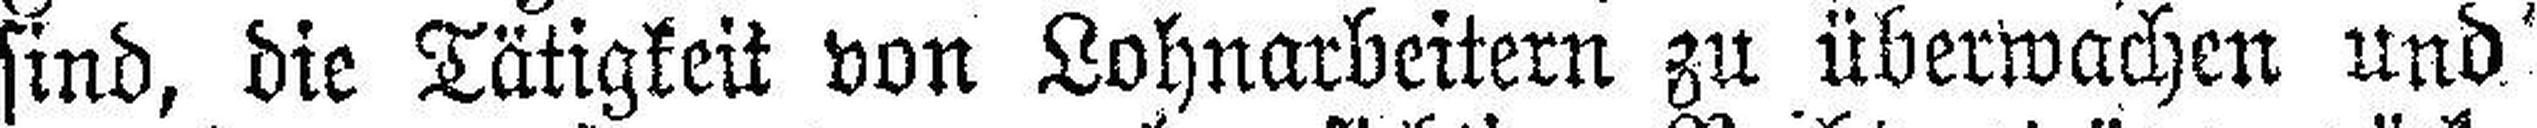
sind, die Tätigkeit von Lohnarbeitern zu überwachen und